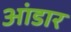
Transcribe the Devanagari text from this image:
आंडार